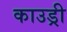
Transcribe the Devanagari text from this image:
काउड्री